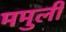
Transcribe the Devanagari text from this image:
ममुली